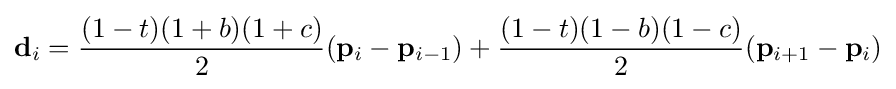
\mathbf {d} _{i}={\frac {(1-t)(1+b)(1+c)}{2}}(\mathbf {p} _{i}-\mathbf {p} _{i-1})+{\frac {(1-t)(1-b)(1-c)}{2}}(\mathbf {p} _{i+1}-\mathbf {p} _{i})